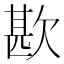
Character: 歁